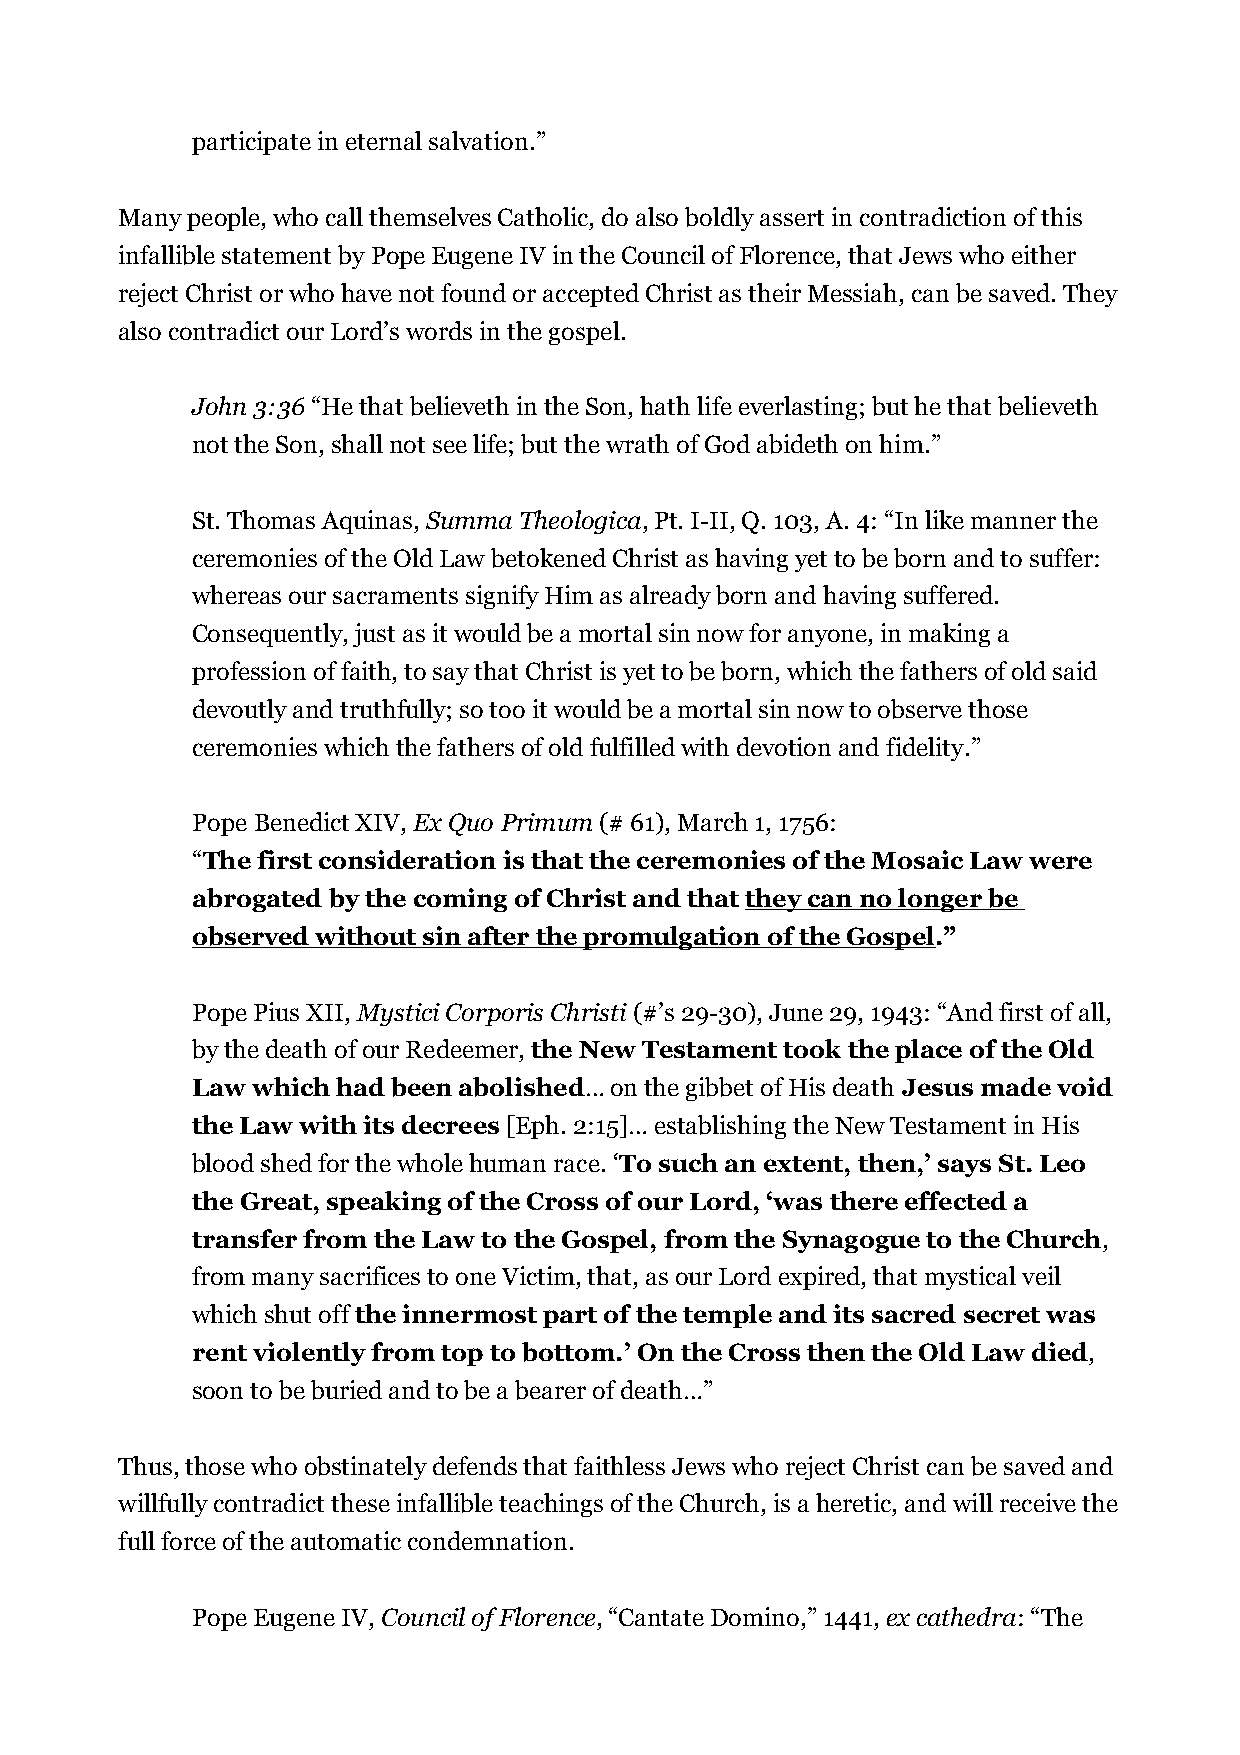
participate in eternal salvation.”
 Many people, who call themselves Catholic, do also boldly assert in contradiction of this
 infallible statement by Pope Eugene IV in the Council of Florence, that Jews who either
 reject Christ or who have not found or accepted Christ as their Messiah, can be saved. They
 also contradict our Lord’s words in the gospel.
 John 3:36 “He that believeth in the Son, hath life everlasting; but he that believeth
 not the Son, shall not see life; but the wrath of God abideth on him.”
 St. Thomas Aquinas, Summa Theologica, Pt. I-II, Q. 103, A. 4: “In like manner the
 ceremonies of the Old Law betokened Christ as having yet to be born and to suffer:
 whereas our sacraments signify Him as already born and having suffered.
 Consequently, just as it would be a mortal sin now for anyone, in making a
 profession of faith, to say that Christ is yet to be born, which the fathers of old said
 devoutly and truthfully; so too it would be a mortal sin now to observe those
 ceremonies which the fathers of old fulfilled with devotion and fidelity.”
 Pope Benedict XIV, Ex Quo Primum (# 61), March 1, 1756:
 “The first consideration is that the ceremonies of the Mosaic Law were
 abrogated by the coming of Christ and that they can no longer be
 observed without sin after the promulgation of the Gospel.”
 Pope Pius XII, Mystici Corporis Christi (#’s 29-30), June 29, 1943: “And first of all,
 by the death of our Redeemer, the New Testament took the place of the Old
 Law which had been abolished… on the gibbet of His death Jesus made void
 the Law with its decrees [Eph. 2:15]… establishing the New Testament in His
 blood shed for the whole human race. ‘To such an extent, then,’ says St. Leo
 the Great, speaking of the Cross of our Lord, ‘was there effected a
 transfer from the Law to the Gospel, from the Synagogue to the Church,
 from many sacrifices to one Victim, that, as our Lord expired, that mystical veil
 which shut off the innermost part of the temple and its sacred secret was
 rent violently from top to bottom.’ On the Cross then the Old Law died,
 soon to be buried and to be a bearer of death…”
 Thus, those who obstinately defends that faithless Jews who reject Christ can be saved and
 willfully contradict these infallible teachings of the Church, is a heretic, and will receive the
 full force of the automatic condemnation.
 Pope Eugene IV, Council of Florence, “Cantate Domino,” 1441, ex cathedra: “The